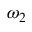
\omega _ { 2 }